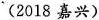
(2018嘉兴)